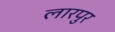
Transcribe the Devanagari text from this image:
लारपुर